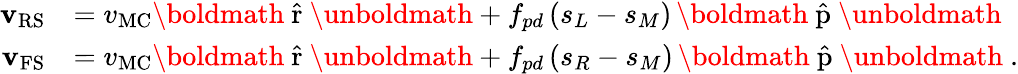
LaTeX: \begin{array}{rl}{{\mathbf{v}}_{\mathrm{RS}}}&{=v_{\mathrm{MC}}{\mathrm{\boldmath~\hat{r}~\unboldmath}}+f_{pd}\, (s_{L}-s_{M})\, {\mathrm{\boldmath~\hat{p}~\unboldmath}}}\\ {{\mathbf{v}}_{\mathrm{FS}}}&{=v_{\mathrm{MC}}{\mathrm{\boldmath~\hat{r}~\unboldmath}}+f_{pd}\, (s_{R}-s_{M})\, {\mathrm{\boldmath~\hat{p}~\unboldmath}}\ .}\end{array}